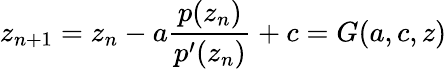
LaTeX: z_{n+1}=z_{n}-a{\frac{p(z_{n})}{p^{\prime}(z_{n})}}+c=G(a,c,z)